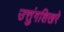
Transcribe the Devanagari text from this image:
उत्तुंगशिखरे